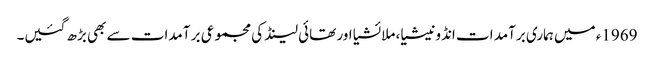
1969ء میں ہماری برآمد ات انڈونیشیا، ملائشیا اور تھائی لینڈ کی مجموعی بر آمدات سے بھی بڑھ گئیں۔